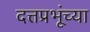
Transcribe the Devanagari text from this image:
दत्तप्रभूंच्या